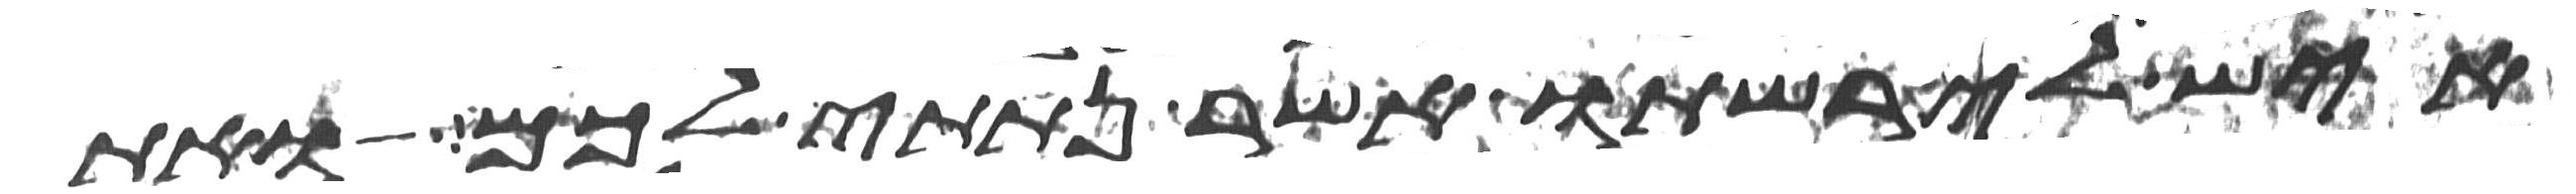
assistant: איש לירשתו אשר נתתי לכם ואת